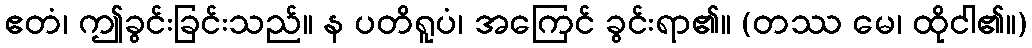
ဧတံ၊ ဤခွင်းခြင်းသည်။ န ပတိရူပံ၊ အကြေင် ခွင်းရာ၏။ (တဿ မေ၊ ထိုငါ၏။)